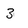
Character: 3